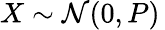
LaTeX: X\sim{\mathcal{N}}(0,P)\,